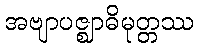
အဗျာပဇ္ဈာဓိမုတ္တဿ